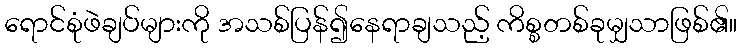
ရောင်စုံဖဲချပ်များကို အသစ်ပြန်၍နေရာချသည့် ကိစ္စတစ်ခုမျှသာဖြစ်၏။